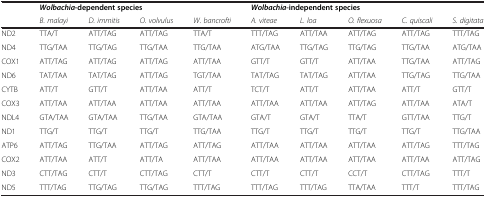
|  | <COLSPAN=4> Wolbachia-dependent species | <COLSPAN=5> Wolbachia-independent species |
 | --- | --- | --- | --- | --- | --- | --- | --- | --- | --- |
 |  | B. malayi | D. immitis | O. volvulus | W. bancrofti | A. viteae | L. loa | O. flexuosa | C. quiscali | S. digitata |
 | ND2 | TTA/T | ATT/TAG | ATT/TAG | TTA/T | TTT/TAG | ATT/TAA | ATT/TAG | ATT/TAG | TTT/TAG |
 | ND4 | TTG/TAA | TTG/TAG | TTG/TAA | TTG/TAA | ATG/TAA | TTG/TAG | TTG/TAG | TTG/TAA | ATG/TAA |
 | COX1 | ATT/TAG | ATT/TAG | ATT/TAG | ATT/TAA | GTT/T | GTT/T | ATT/TAA | TTG/TAA | ATT/TAG |
 | ND6 | TAT/TAA | TAT/TAG | ATT/TAG | TGT/TAA | TAT/TAG | TAT/TAG | ATT/TAA | TTG/TAG | TTG/TAA |
 | CYTB | ATT/T | GTT/T | ATT/TAA | ATT/T | TCT/T | ATT/T | ATT/TAA | ATT/T | GTT/T |
 | COX3 | ATT/TAA | ATT/TAA | ATT/TAA | ATT/TAA | ATT/TAA | ATT/TAA | ATT/TAG | ATT/TAA | ATA/T |
 | NDL4 | GTA/TAA | GTA/TAA | TTG/TAA | GTA/TAA | GTA/T | GTA/T | TTA/T | GTT/TAA | TTG/T |
 | ND1 | TTG/T | TTG/T | TTG/T | TTG/TAA | TTG/T | TTG/T | TTG/T | TTG/T | TTG/TAA |
 | ATP6 | ATT/TAG | TTG/TAA | ATT/TAG | ATT/TAG | ATT/TAA | ATT/TAA | ATT/TAA | ATT/TAG | TTT/TAG |
 | COX2 | ATT/TAA | ATT/T | ATT/TA | ATT/TAA | ATT/TAA | ATT/TAA | ATT/TAA | ATT/TAA | ATT/TAG |
 | ND3 | CTT/TAG | CTT/T | CTT/TAG | CTT/T | CTT/T | CTT/T | CCT/T | CTT/TAG | TTT/T |
 | ND5 | TTT/TAG | TTG/TAG | TTG/TAG | TTT/TAG | TTT/TAG | TTT/TAG | TTA/TAA | TTT/T | TTT/TAG |